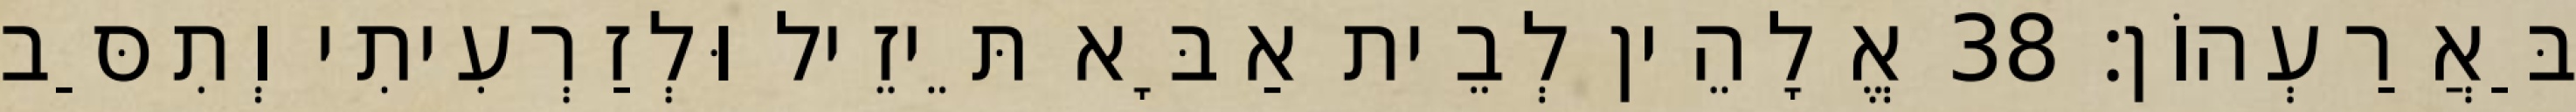
בַּאֲרַעְהוֹן׃ 38 אֱלָהֵין לְבֵית אַבָּא תֵּיזֵיל וּלְזַרְעִיתִי וְתִסַּב